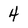
Character: 4